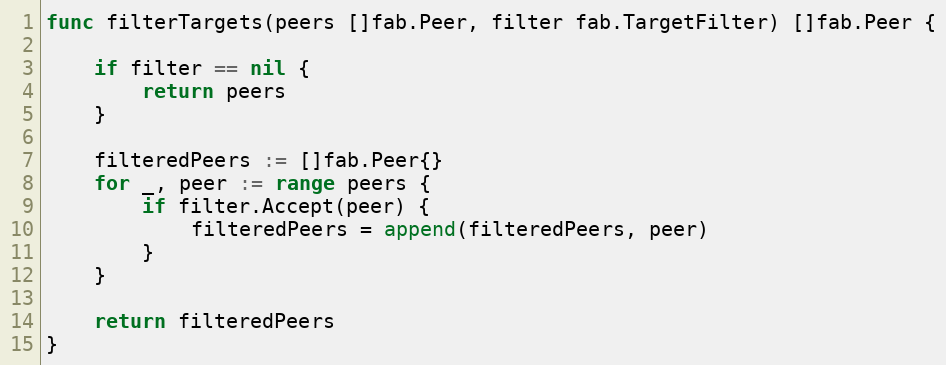
Language: Go
func filterTargets(peers []fab.Peer, filter fab.TargetFilter) []fab.Peer {

	if filter == nil {
		return peers
	}

	filteredPeers := []fab.Peer{}
	for _, peer := range peers {
		if filter.Accept(peer) {
			filteredPeers = append(filteredPeers, peer)
		}
	}

	return filteredPeers
}